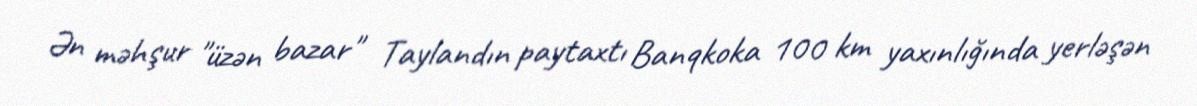
Ən məhşur "üzən bazar" Taylandın paytaxtı Banqkoka 100 km yaxınlığında yerləşən